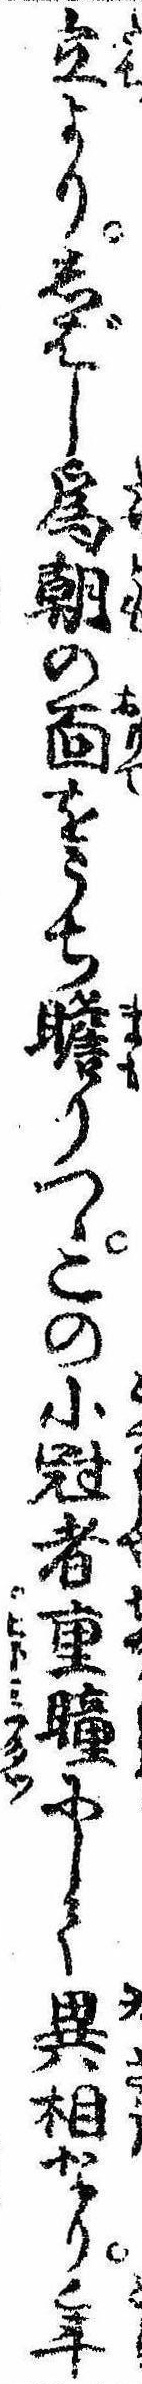
立よりしばし為朝の面をうち瞻りつゝこの小冠者重瞳にして異相なり年